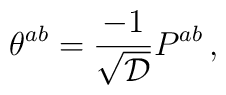
\theta^{ab} = {-1 \over \sqrt{\cal D}}P^{ab} \, ,